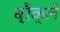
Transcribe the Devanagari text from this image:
ब्रैक्ले